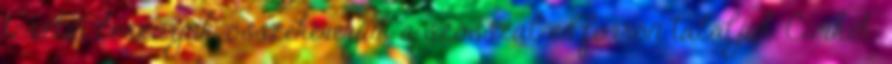
tésztát leszűrjük, összekeverjük a szósszal és forrón tálaljuk. Címkék: